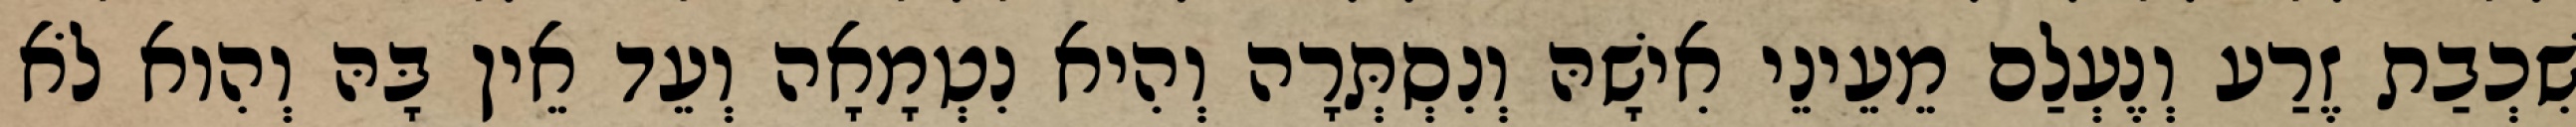
שִׁכְבַת זֶרַע וְנֶעְלַם מֵעֵינֵי אִישָׁהּ וְנִסְתְּרָה וְהִיא נִטְמָאָה וְעֵד אֵין בָּהּ וְהִוא לֹא